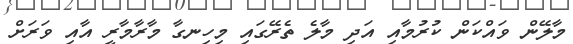
މާލޭން ވައްކަން ކުރުމާއި އަދި މާލެ ތެރޭގައި މިހިނގާ މާރާމާރީ އާއި ވަރަށް